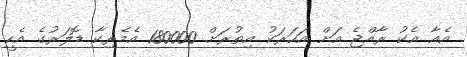
އެއާ އެކު ރާއްޖެ އަށް އަހަރަކު އިތުރަށް 180000 އެމެރިކާ ޑޮލަރުގެ އެހީ